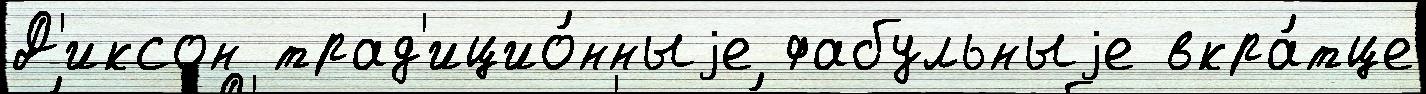
Д'иксон трад'ицио́нныjе фабульныjе вкра́тце